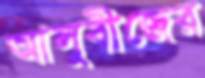
আলুবীজের